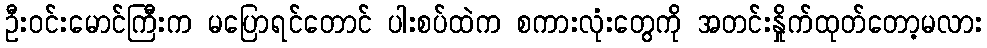
ဦးဝင်းမောင်ကြီးက မပြောရင်တောင် ပါးစပ်ထဲက စကားလုံးတွေကို အတင်းနှိုက်ထုတ်တော့မလား